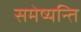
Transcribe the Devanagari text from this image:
समेष्यन्ति